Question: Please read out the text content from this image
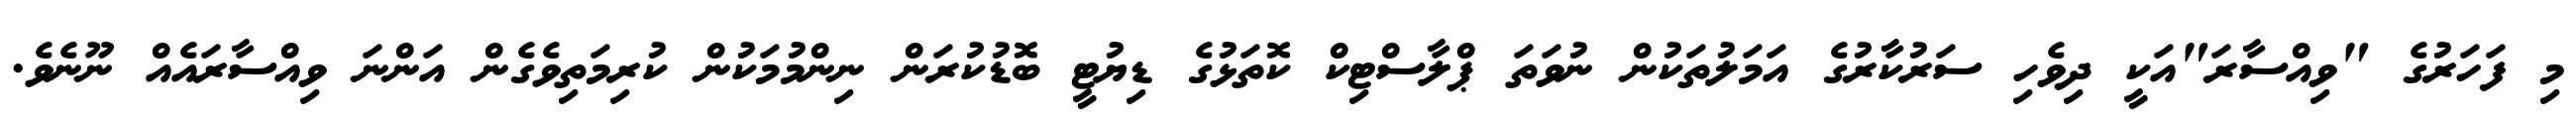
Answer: މި ފަހަރުގެ "ވިއްސާރަ"އަކީ ދިވެހި ސަރުކާރުގެ އަމަލުތަކުން ނުވަތަ ޕްލާސްޓިކް ކޮތަޅުގެ ޑިޔުޓީ ބޮޑުކުރަން ނިންމުމަކުން ކުރިމަތިވެގެން އަންނަ ވިއްސާރައެއް ނޫނެވެ.